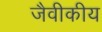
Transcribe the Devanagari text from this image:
जैवीकीय